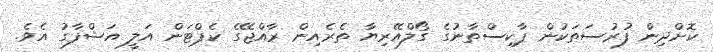
ކޮށްދިން ފުރުސަތަކުން ޕާކިސްތާނުގެ ގޯލްއޭރިޔާ ތެރެއިން ރާއްޖޭގެ ކެޕްޓަން އަލީ އަޝްފާގު އެވެ.